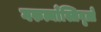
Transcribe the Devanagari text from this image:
गरुत्माँस्त्रिवृत्ते